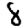
Digit: 8